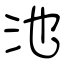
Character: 池